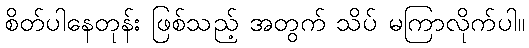
စိတ်ပါနေတုန်း ဖြစ်သည့် အတွက် သိပ် မကြာလိုက်ပါ။